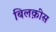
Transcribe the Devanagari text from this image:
बिलक़ीस